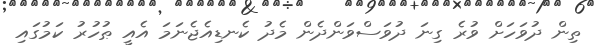
ތިން ދުވަހަށް ވުރެ ގިނަ ދުވަސްވަންދެން މެދު ކެނޑިއެޖެނަމަ އެއީ ޠުހުރު ކަމުގައި